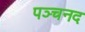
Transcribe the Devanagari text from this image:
पञ्चनद